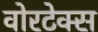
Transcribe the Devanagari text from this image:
वोरटेक्स